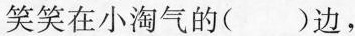
笑笑在小淘气的()边，